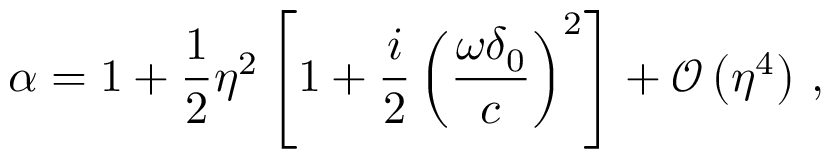
\alpha = 1 + \frac { 1 } { 2 } \eta ^ { 2 } \left[ 1 + \frac { i } { 2 } \left( \frac { \omega \delta _ { 0 } } { c } \right) ^ { 2 } \right] + \mathcal { O } \left( \eta ^ { 4 } \right) \, ,